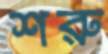
শরু